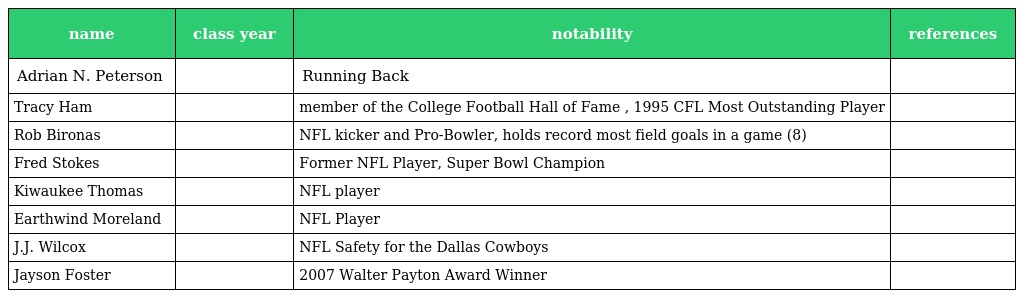
| name | class year | notability | references |
 | --- | --- | --- | --- |
 | Adrian N. Peterson |  | Running Back |  |
 | Tracy Ham |  | member of the College Football Hall of Fame , 1995 CFL Most Outstanding Player |  |
 | Rob Bironas |  | NFL kicker and Pro-Bowler, holds record most field goals in a game (8) |  |
 | Fred Stokes |  | Former NFL Player, Super Bowl Champion |  |
 | Kiwaukee Thomas |  | NFL player |  |
 | Earthwind Moreland |  | NFL Player |  |
 | J.J. Wilcox |  | NFL Safety for the Dallas Cowboys |  |
 | Jayson Foster |  | 2007 Walter Payton Award Winner |  |